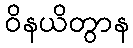
ဝိနယိတွာန